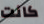
كانت